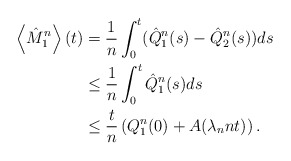
\begin{align*}\left\langle \hat{M}_1^{n}\right\rangle(t) &= \frac{1}{n}\int_0^t(\hat{Q}_1^n(s)-\hat{Q}_2^n(s))ds \\&\le \frac{1}{n}\int_0^t\hat{Q}_1^n(s)ds \\&\le \frac{t}{n}\left(Q_1^n(0) + A(\lambda_nnt)\right).\end{align*}